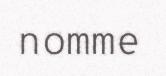
nomme